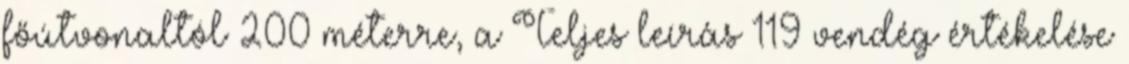
főútvonaltól 200 méterre, a Teljes leírás 119 vendég értékelése